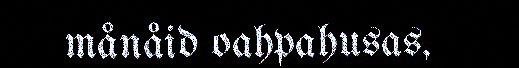
månåid oahpahusas,